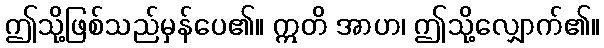
ဤသို့ဖြစ်သည်မှန်ပေ၏။ ဣတိ အာဟ၊ ဤသို့လျှောက်၏။